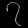
Digit: ၇